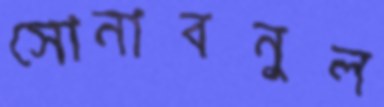
সোনাবনুল